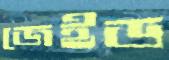
জেইড